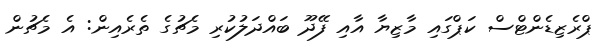
ޕްރެޒިޑެންޓްސް ކަޕްގައި މާޒިޔާ އާއި ފޭދޫ ބައްދަލުކުރި މެޗުގެ ތެރެއިން: އެ މެޗުން